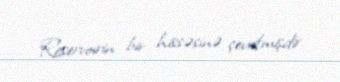
Reservoirin bir hissəsinə çevrilmişdir.